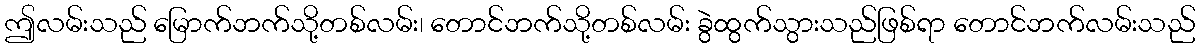
ဤလမ်းသည် မြောက်ဘက်သို့တစ်လမ်း၊ တောင်ဘက်သို့တစ်လမ်း ခွဲထွက်သွားသည်ဖြစ်ရာ တောင်ဘက်လမ်းသည်